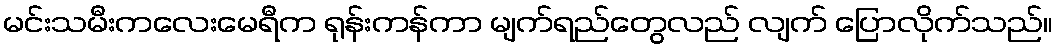
မင်းသမီးကလေးမေရီက ရုန်းကန်ကာ မျက်ရည်တွေလည် လျက် ပြောလိုက်သည်။